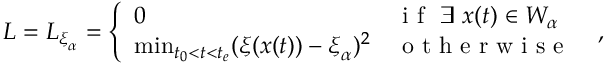
L = L _ { \ensuremath { \boldsymbol { \xi } } _ { \alpha } } = \left\{ \begin{array} { l l } { 0 } & { \mathrm { ~ i ~ f ~ } \ \exists \ \ensuremath { \boldsymbol { { x } } } ( t ) \in W _ { \alpha } } \\ { \operatorname* { m i n } _ { t _ { 0 } < t < t _ { e } } ( \ensuremath { \boldsymbol { \xi } } ( \ensuremath { \boldsymbol { { x } } } ( t ) ) - \ensuremath { \boldsymbol { \xi } } _ { \alpha } ) ^ { 2 } } & { \mathrm { ~ o ~ t ~ h ~ e ~ r ~ w ~ i ~ s ~ e ~ } } \end{array} \right. \ ,